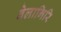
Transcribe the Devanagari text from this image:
वेलागिरि